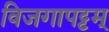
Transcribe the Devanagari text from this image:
विजगापट्टम्